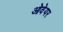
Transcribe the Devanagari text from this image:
ओवेयर